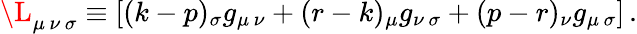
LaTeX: {\L}_{\mu\, \nu\, \sigma}\equiv\left[(k-p)_{\sigma}g_{\mu\, \nu}+(r-k)_{\mu}g_{\nu\, \sigma}+(p-r)_{\nu}g_{\mu\, \sigma}\right]\, .